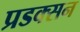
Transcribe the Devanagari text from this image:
प्रडक्सन